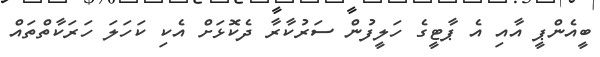
ބީއެންޕީ އާއި އެ ޕާޓީގެ ހަލީފުން ސަރުކާރާ ދެކޮޅަށް އެކި ކަހަލަ ހަރަކާތްތައް